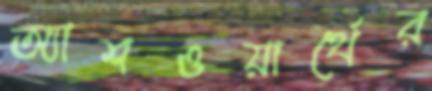
অ্যাশওয়ার্থের